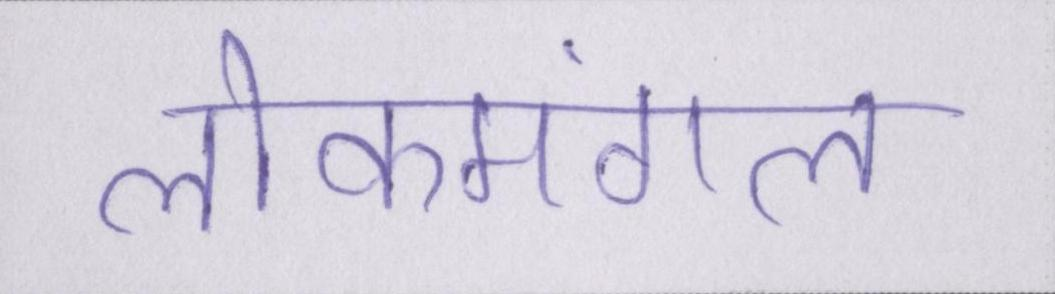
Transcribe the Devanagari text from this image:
लोकमंगल